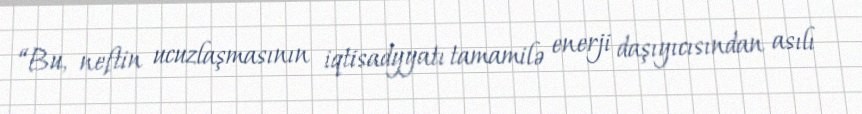
“Bu, neftin ucuzlaşmasının iqtisadyyatı tamamilə enerji daşıyıcısından asılı